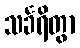
သင်္ခရိတွာ